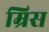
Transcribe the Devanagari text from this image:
म्रिस